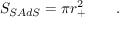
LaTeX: S _ { S A d S } = \pi r _ { + } ^ { 2 } \qquad .